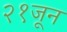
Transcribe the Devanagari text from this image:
२१जून